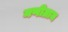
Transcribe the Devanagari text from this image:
मणीग्राम